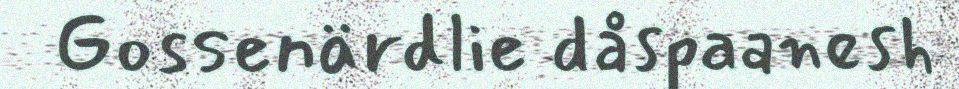
Gossenärdlie dåspaanesh